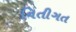
નિતીગત